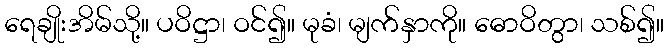
ရေချိုးအိမ်သို့။ ပဝိဋ္ဌာ၊ ဝင်၍။ မုခံ၊ မျက်နှာကို။ ဓောဝိတွာ၊ သစ်၍။